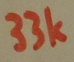
Text: 33k